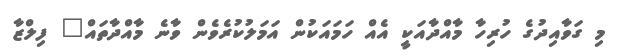
މި ގަވާއިދުގެ ހުރިހާ މާއްދާއަކީ އެއް ހަމައަކުން އަމަލުކުރެވެން ވާނެ މާއްދާތައް" ފިލްޒާ